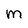
Character: m